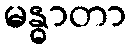
မန္ဓာတာ